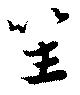
笙